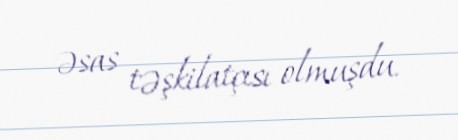
əsas təşkilatçısı olmuşdu.